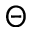
\Theta